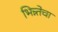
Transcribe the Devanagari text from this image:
भिन्न्तेचा